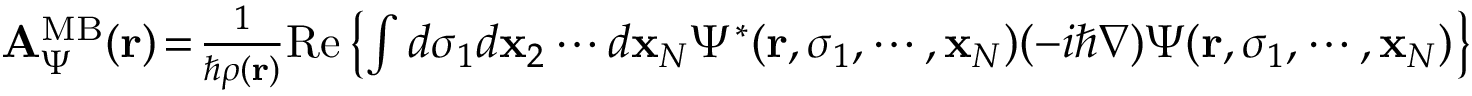
\begin{array} { r } { { \bf A } _ { \Psi } ^ { \mathrm { M B } } ( { \bf r } ) \! = \! { \frac { 1 } { \hbar \rho ( { \bf r } ) } } \mathrm { R e } \left\{ \int d \sigma _ { 1 } d { \bf x } _ { 2 } \cdots d { \bf x } _ { N } \Psi ^ { \ast } ( { \bf r } , \sigma _ { 1 } , \cdots , { \bf x } _ { N } ) ( - i \hbar \nabla ) \Psi ( { \bf r } , \sigma _ { 1 } , \cdots , { \bf x } _ { N } ) \right\} } \end{array}